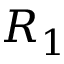
R _ { 1 }